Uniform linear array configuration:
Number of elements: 4
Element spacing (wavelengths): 0.25
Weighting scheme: kaiser
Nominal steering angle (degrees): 30
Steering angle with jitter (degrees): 30.884
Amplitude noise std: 0.05
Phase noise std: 0.05

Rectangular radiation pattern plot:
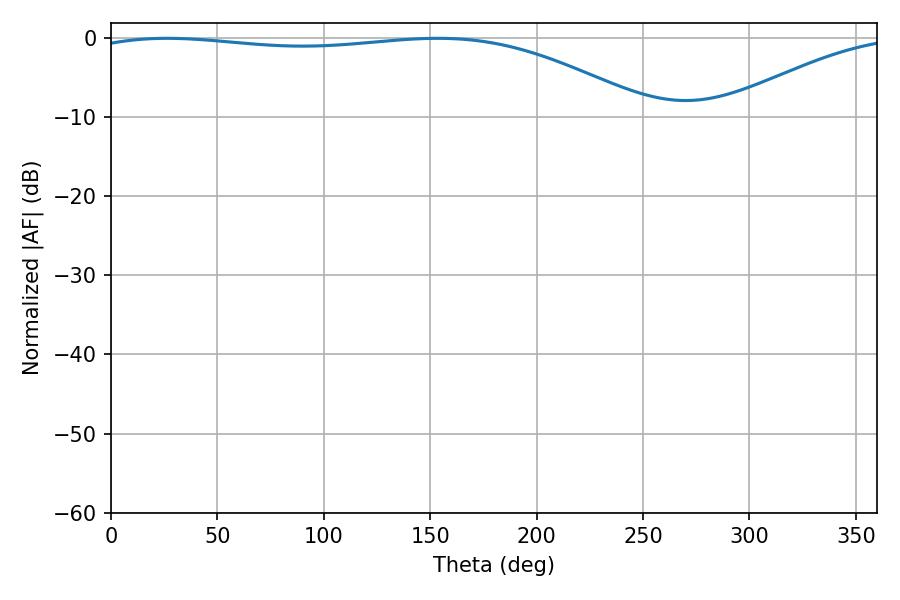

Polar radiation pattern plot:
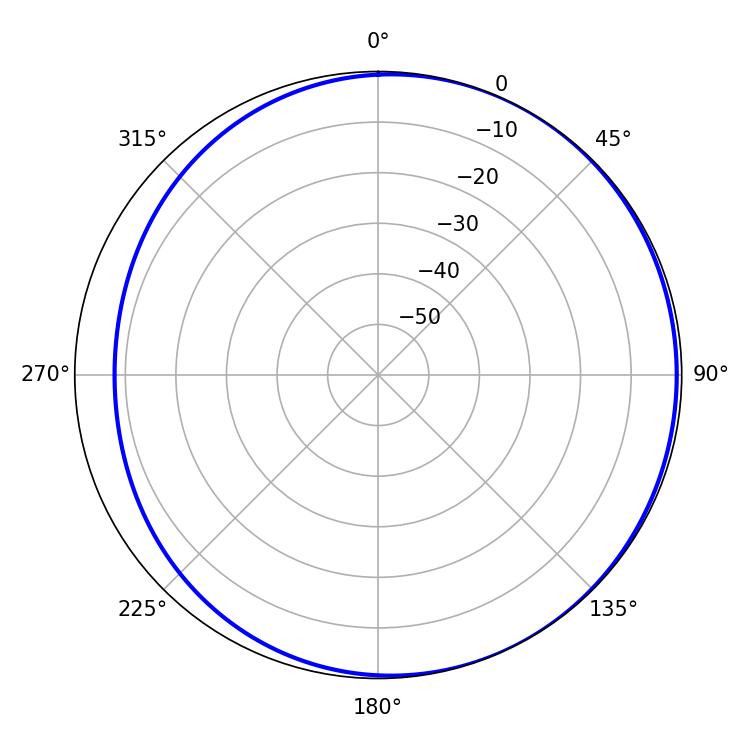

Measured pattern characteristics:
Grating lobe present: FALSE
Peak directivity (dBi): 2.35
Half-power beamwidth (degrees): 210.6
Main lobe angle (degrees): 26.46